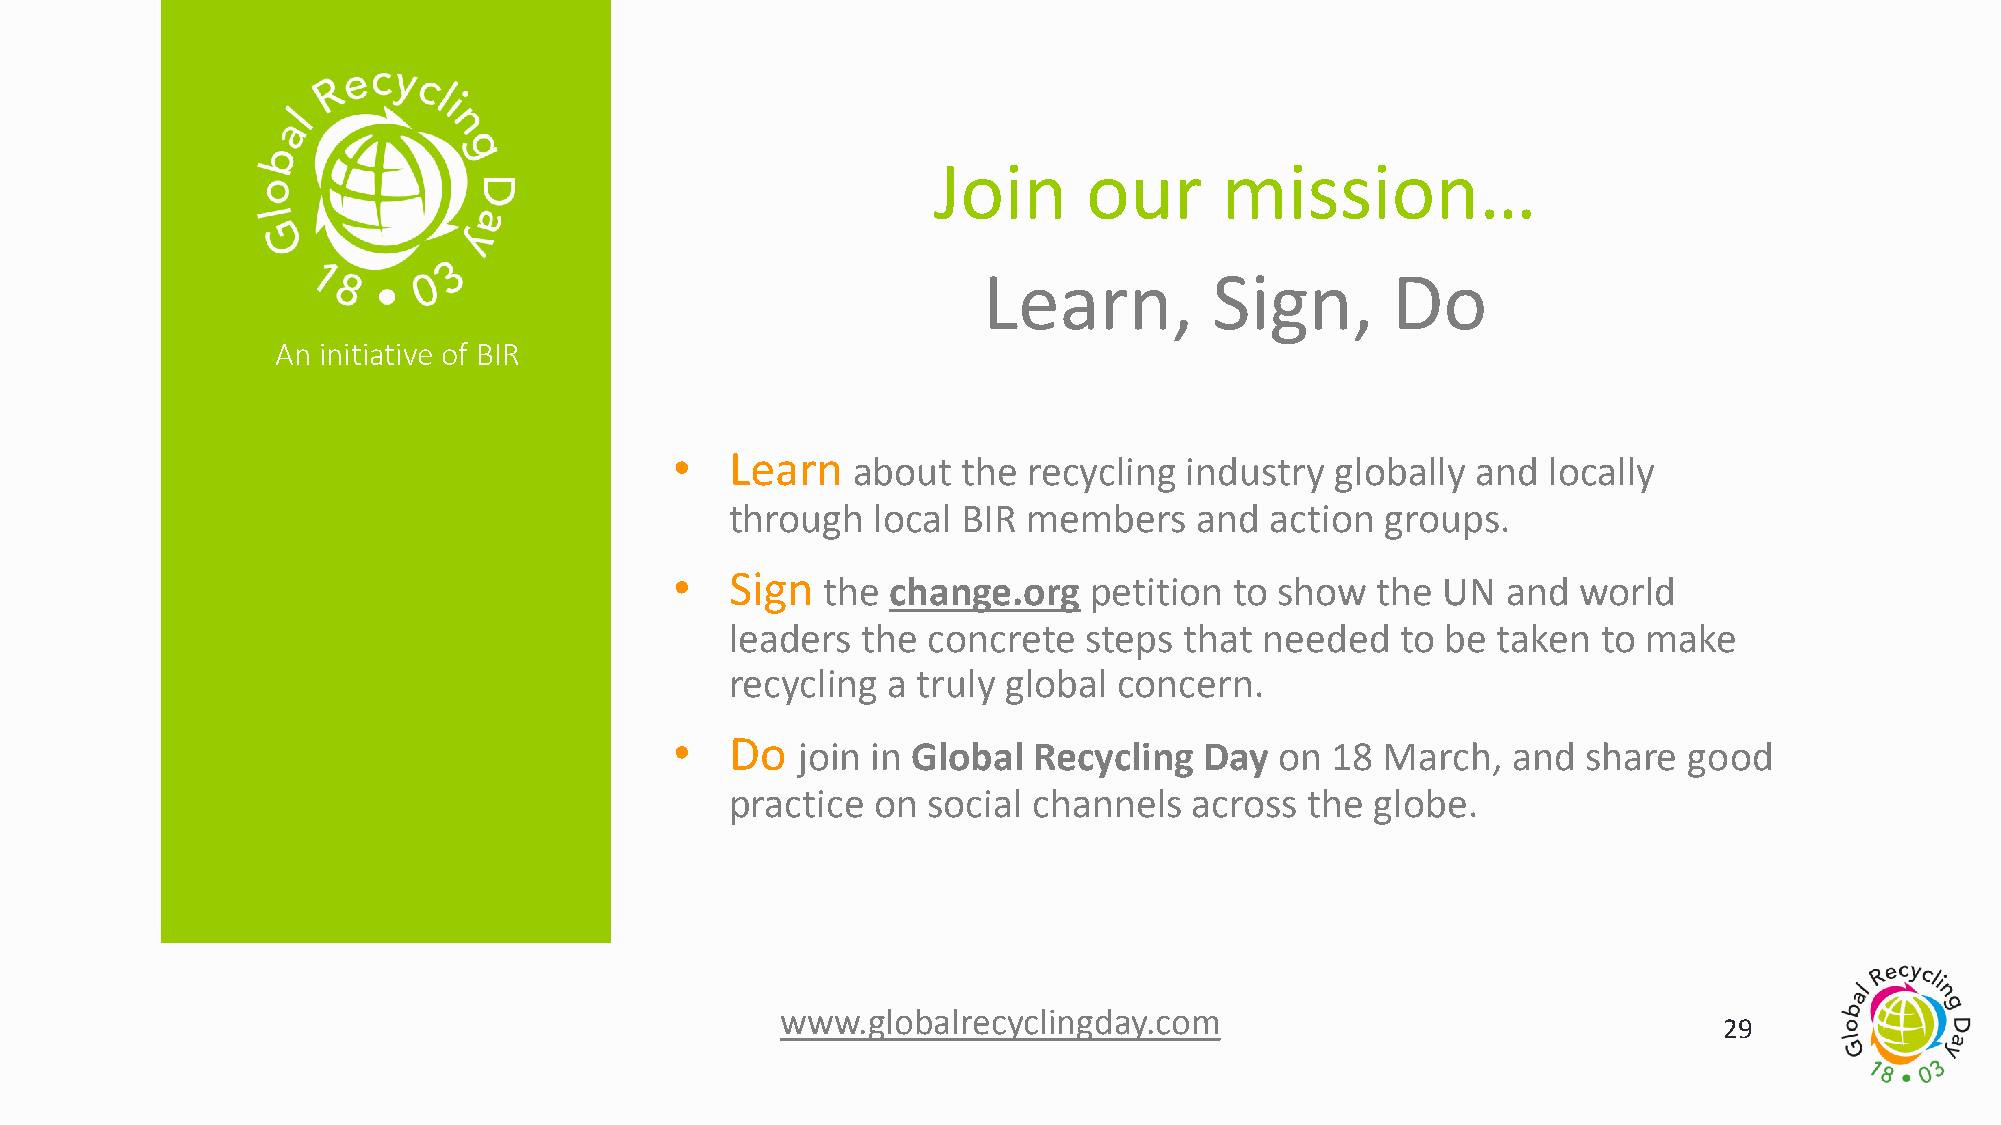
Join      our      mission…
 Learn,         Sign,       Do
 An initiative of BIR
 •  Learn   about   the recycling  industry globally  and locally
 through   local BIR members    and  action  groups.
 •  Sign  the  change.org   petition  to show  the UN   and world
 leaders  the concrete   steps that  needed   to be taken  to make
 recycling  a truly global concern.
 •  Do   join in Global Recycling   Day  on 18  March,  and  share  good
 practice  on social channels   across  the globe.
 www.globalrecyclingday.com
 29